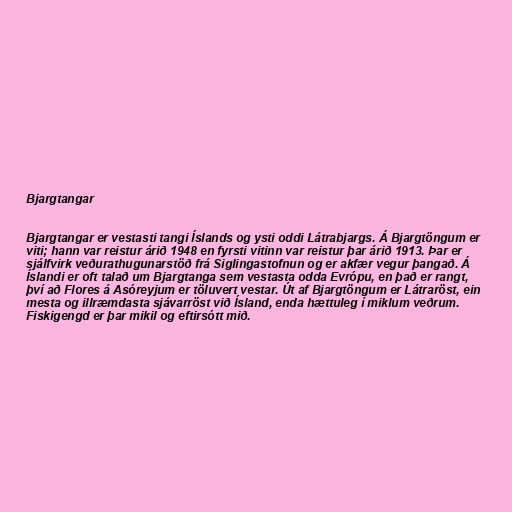
Bjargtangar

Bjargtangar er vestasti tangi Íslands og ysti oddi Látrabjargs. Á Bjargtöngum er
viti; hann var reistur árið 1948 en fyrsti vitinn var reistur þar árið 1913. Þar er
sjálfvirk veðurathugunarstöð frá Siglingastofnun og er akfær vegur þangað. Á
Íslandi er oft talað um Bjargtanga sem vestasta odda Evrópu, en það er rangt,
því að Flores á Asóreyjum er töluvert vestar. Út af Bjargtöngum er Látraröst, ein
mesta og illræmdasta sjávarröst við Ísland, enda hættuleg í miklum veðrum.
Fiskigengd er þar mikil og eftirsótt mið.